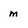
Character: m